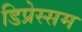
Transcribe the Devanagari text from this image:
डिप्रेस्सम